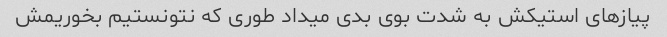
پیازهای استیکش به شدت بوی بدی میداد طوری که نتونستیم بخوریمش